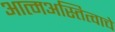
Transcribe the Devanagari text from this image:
आत्मअस्तित्वाचे